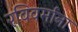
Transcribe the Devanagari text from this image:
रविवर्माना